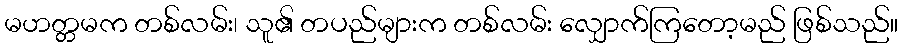
မဟတ္တမက တစ်လမ်း၊ သူ၏ တပည်များက တစ်လမ်း လျှောက်ကြတော့မည် ဖြစ်သည်။